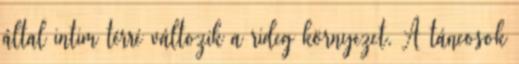
által intim térré változik a rideg környezet. A táncosok